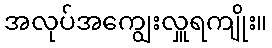
အလုပ်အကျွေးလှူရကျိုး။